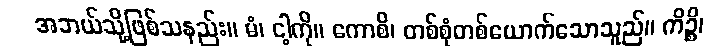
အဘယ်သို့ဖြစ်သနည်း။ မံ၊ ငါ့ကို။ ကောစိ၊ တစ်စုံတစ်ယောက်သောသူည်။ ကိဉ္စိ၊